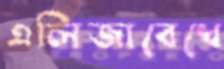
এলিজাবেখে